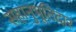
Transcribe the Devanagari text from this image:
सहानुभूतिदार